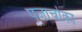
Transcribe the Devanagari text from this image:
पूजार्चाका